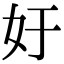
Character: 㚥